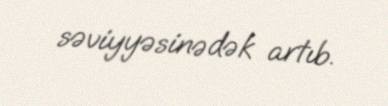
səviyyəsinədək artıb.